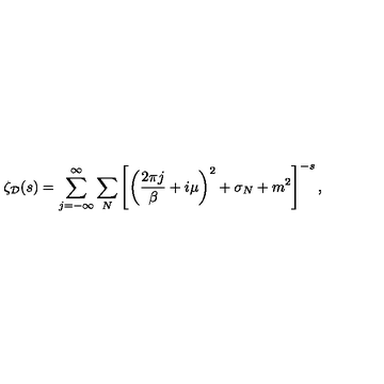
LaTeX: \zeta _ { \cal D } ( s ) = \sum _ { j = - \infty } ^ { \infty } \sum _ { N } \left[ \left( { \frac { 2 \pi j } { \beta } } + i \mu \right) ^ { 2 } + \sigma _ { N } + m ^ { 2 } \right] ^ { - s } ,